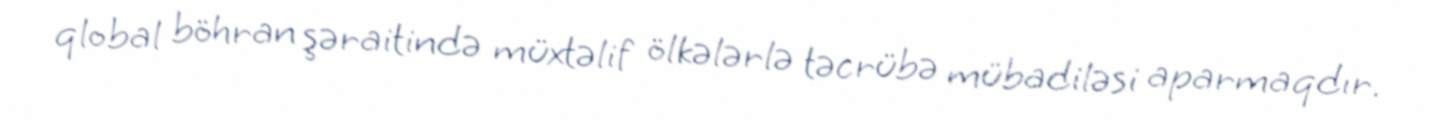
qlobal böhran şəraitində müxtəlif ölkələrlə təcrübə mübadiləsi aparmaqdır.